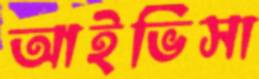
আইভিসা